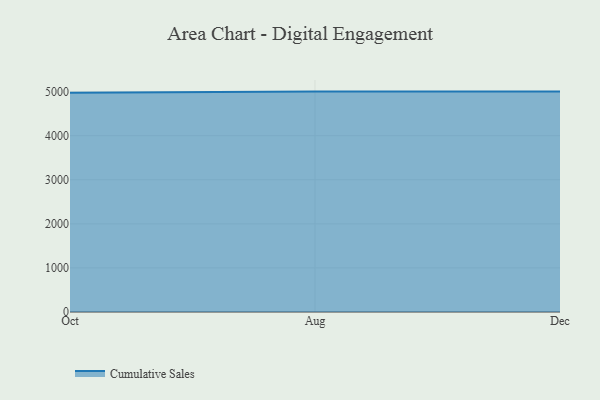
{"axis": {"x": "Month", "y": "Satisfaction Score"}, "legend": ["Cumulative Sales"], "data": [{"x": "Oct", "y": 4972.9, "type": "Cumulative Sales"}, {"x": "Aug", "y": 5000, "type": "Cumulative Sales"}, {"x": "Dec", "y": 5000, "type": "Cumulative Sales"}]}